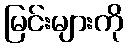
မြင်းများကို